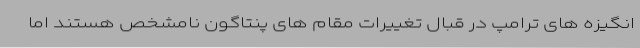
انگیزه های ترامپ در قبال تغییرات مقام های پنتاگون نامشخص هستند اما